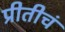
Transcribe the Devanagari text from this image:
प्रीतीचं